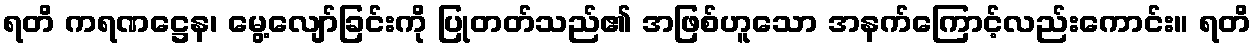
ရတိ ကရဏဋ္ဌေန၊ မွေ့လျော်ခြင်းကို ပြုတတ်သည်၏ အဖြစ်ဟူသော အနက်ကြောင့်လည်းကောင်း။ ရတိ